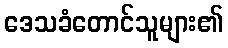
ဒေသခံတောင်သူများ၏